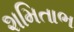
શમિતાભ